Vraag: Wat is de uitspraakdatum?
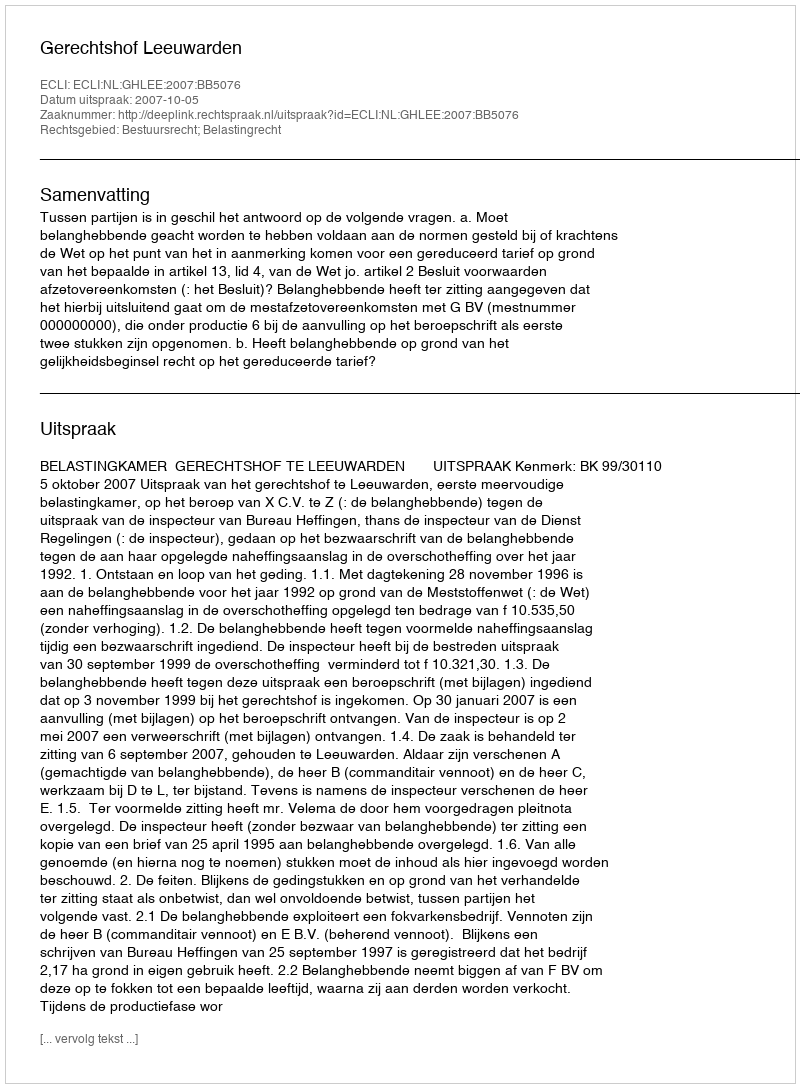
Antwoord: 2007-10-05